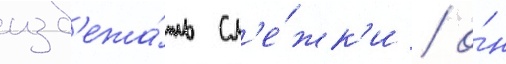
изб'ежа́ть сл'е́жк'и / о́н